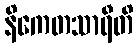
နိကေတသာရီတိ